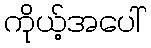
ကိုယ့်အပေါ်